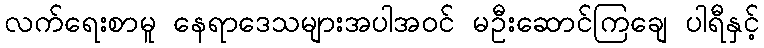
လက်ရေးစာမူ နေရာဒေသများအပါအဝင် မဦးဆောင်ကြချေ ပါရီနှင့်